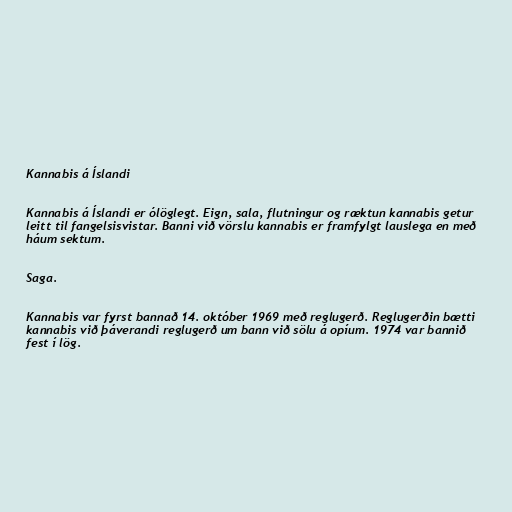
Kannabis á Íslandi

Kannabis á Íslandi er ólöglegt. Eign, sala, flutningur og ræktun kannabis getur
leitt til fangelsisvistar. Banni við vörslu kannabis er framfylgt lauslega en með
háum sektum.

Saga.

Kannabis var fyrst bannað 14. október 1969 með reglugerð. Reglugerðin bætti
kannabis við þáverandi reglugerð um bann við sölu á opíum. 1974 var bannið
fest í lög.